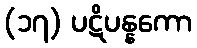
(၁၇) ပဋိပန္နကော